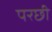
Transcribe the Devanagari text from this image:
परछी